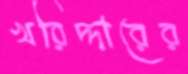
খরিদ্দারের